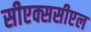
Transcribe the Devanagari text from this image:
सीएक्ससीएल